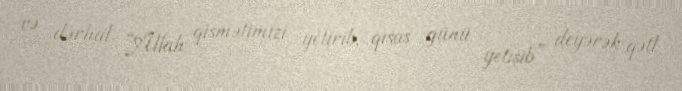
və dərhal “Allah qismətimizi yetirib, qisas günü yetişib” deyərək qətl